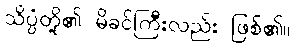
သိပ္ပံတို့၏ မိခင်ကြီးလည်း ဖြစ်၏။